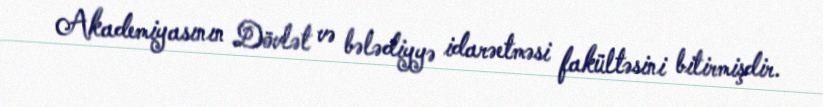
Akademiyasının Dövlət və bələdiyyə idarəetməsi fakültəsini bitirmişdir.